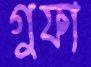
গুফা